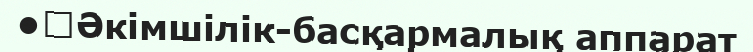
•	Әкімшілік-басқармалық аппарат